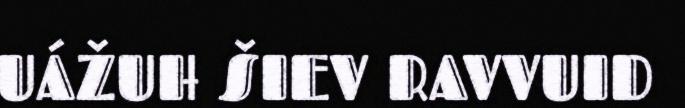
UÁŽUH ŠIEV RAVVUID